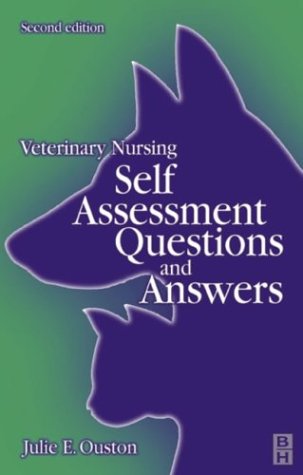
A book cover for Veterinary Nursing: Self-Assessment Questions and Answers, 2e; Julie Elizabeth Ouston MA  Vet MB  MRCVS  PGCE; Medical Books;